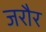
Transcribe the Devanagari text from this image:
जरौर